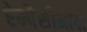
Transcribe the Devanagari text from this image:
ऐम्पैसीनादो